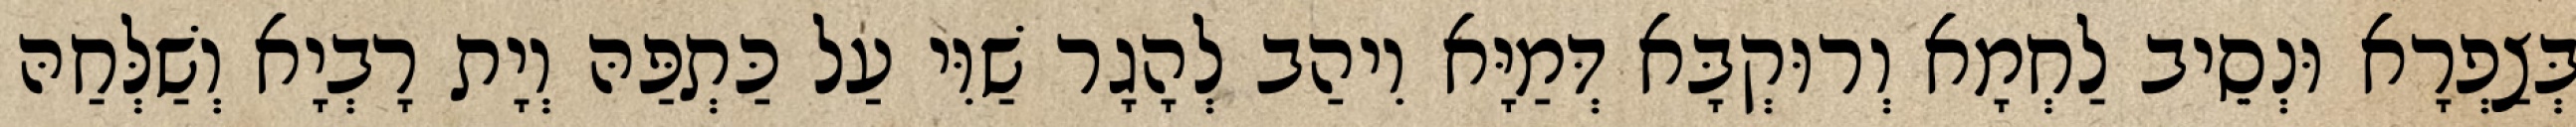
בְּצַפְרָא וּנְסֵיב לַחְמָא וְרוּקְבָּא דְּמַיָּא וִיהַב לְהָגָר שַׁוִּי עַל כַּתְפַּהּ וְיָת רָבְיָא וְשַׁלְּחַהּ